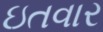
ઇતવાર